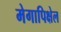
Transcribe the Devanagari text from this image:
मेगापिक्षेल